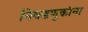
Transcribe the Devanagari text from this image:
निवडणुकांना